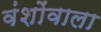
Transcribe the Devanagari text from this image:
वंशोंवाला